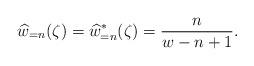
LaTeX: \begin{align*} \widehat{w}_{=n}(\zeta)=\widehat{w}_{=n}^{\ast}(\zeta)=\frac{n}{w-n+1}.\end{align*}